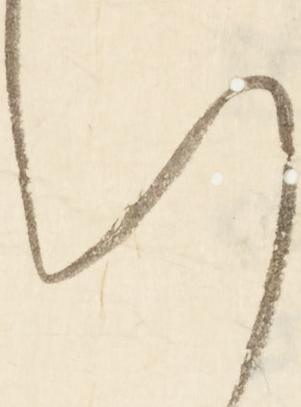
い